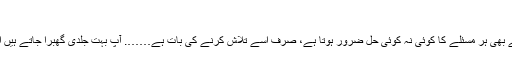
‘‘
’’آپ پہنئے تو سہی ……. پھر دیکھتے ہیں، ویسے بھی ہر مسئلے کا کوئی نہ کوئی حل ضرور ہوتا ہے، صرف اسے تلاش کرنے کی بات ہے……. آپ بہت جلدی گھبرا جاتے ہیں اور یہ آپ کی شخصیت کی دوسری بڑی خامی ہے۔